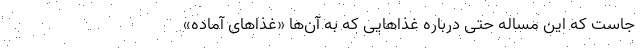
‌جاست که این مساله حتی درباره غذاهایی که به آن‌ها «غذاهای آماده»